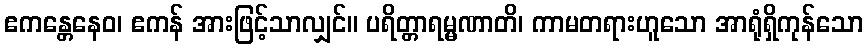
ဧကန္တေနေဝ၊ ဧကန် အားဖြင့်သာလျှင်။ ပရိတ္တာရမ္မဏာတိ၊ ကာမတရားဟူသော အာရုံရှိကုန်သော